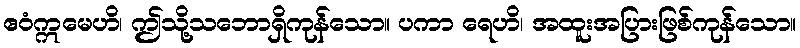
ဧဝံဣမေဟိ၊ ဤသို့သဘောရှိကုန်သော။ ပကာ ရေဟိ၊ အထူးအပြားဖြစ်ကုန်သော။